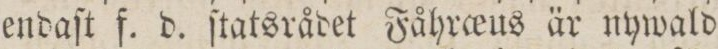
endaſt f. d. ſtatsrådet Fåhro_eus är nywald